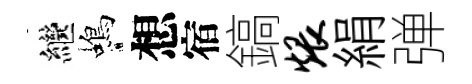
繼蝎想宿鎬煨絹弹